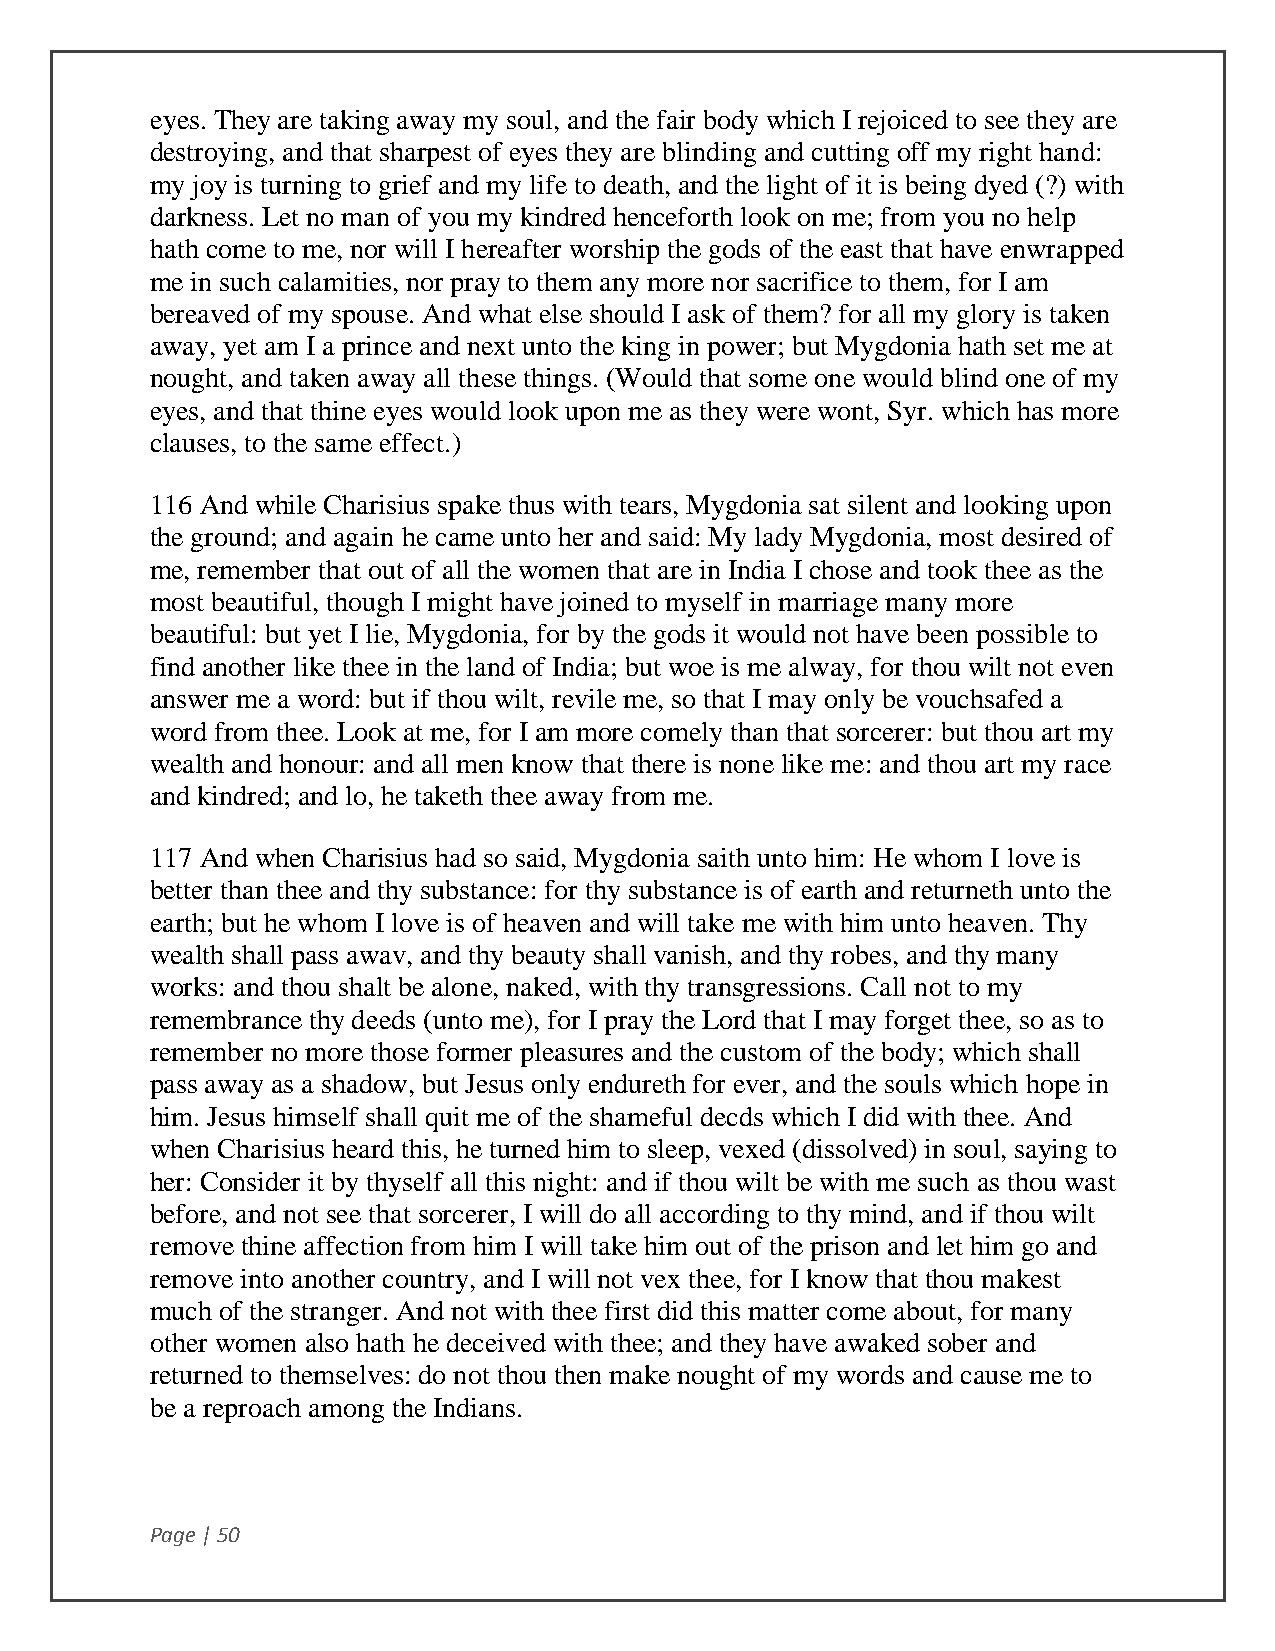
eyes. They are taking away my soul, and the fair body which I rejoiced to see they are
 destroying, and that sharpest of eyes they are blinding and cutting off my right hand:
 my joy is turning to grief and my life to death, and the light of it is being dyed (?) with
 darkness. Let no man of you my kindred henceforth look on me; from you no help
 hath come to me, nor will I hereafter worship the gods of the east that have enwrapped
 me in such calamities, nor pray to them any more nor sacrifice to them, for I am
 bereaved of my spouse. And what else should I ask of them? for all my glory is taken
 away, yet am I a prince and next unto the king in power; but Mygdonia hath set me at
 nought, and taken away all these things. (Would that some one would blind one of my
 eyes, and that thine eyes would look upon me as they were wont, Syr. which has more
 clauses, to the same effect.)
 116 And while Charisius spake thus with tears, Mygdonia sat silent and looking upon
 the ground; and again he came unto her and said: My lady Mygdonia, most desired of
 me, remember that out of all the women that are in India I chose and took thee as the
 most beautiful, though I might have joined to myself in marriage many more
 beautiful: but yet I lie, Mygdonia, for by the gods it would not have been possible to
 find another like thee in the land of India; but woe is me alway, for thou wilt not even
 answer me a word: but if thou wilt, revile me, so that I may only be vouchsafed a
 word from thee. Look at me, for I am more comely than that sorcerer: but thou art my
 wealth and honour: and all men know that there is none like me: and thou art my race
 and kindred; and lo, he taketh thee away from me.
 117 And when Charisius had so said, Mygdonia saith unto him: He whom I love is
 better than thee and thy substance: for thy substance is of earth and returneth unto the
 earth; but he whom I love is of heaven and will take me with him unto heaven. Thy
 wealth shall pass awav, and thy beauty shall vanish, and thy robes, and thy many
 works: and thou shalt be alone, naked, with thy transgressions. Call not to my
 remembrance thy deeds (unto me), for I pray the Lord that I may forget thee, so as to
 remember no more those former pleasures and the custom of the body; which shall
 pass away as a shadow, but Jesus only endureth for ever, and the souls which hope in
 him. Jesus himself shall quit me of the shameful decds which I did with thee. And
 when Charisius heard this, he turned him to sleep, vexed (dissolved) in soul, saying to
 her: Consider it by thyself all this night: and if thou wilt be with me such as thou wast
 before, and not see that sorcerer, I will do all according to thy mind, and if thou wilt
 remove thine affection from him I will take him out of the prison and let him go and
 remove into another country, and I will not vex thee, for I know that thou makest
 much of the stranger. And not with thee first did this matter come about, for many
 other women also hath he deceived with thee; and they have awaked sober and
 returned to themselves: do not thou then make nought of my words and cause me to
 be a reproach among the Indians.
 Page | 50